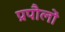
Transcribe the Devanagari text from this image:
प्रपौलों